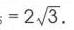
\(= 2\sqrt{3}\)